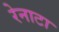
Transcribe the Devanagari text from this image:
रेनाटा